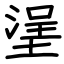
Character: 塣